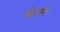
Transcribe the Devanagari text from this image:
पेस्तम